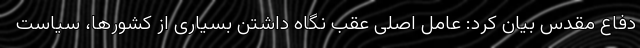
دفاع مقدس بیان کرد: عامل اصلی عقب نگاه داشتن بسیاری از کشورها، سیاست